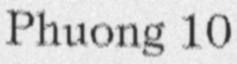
Phuong 10